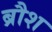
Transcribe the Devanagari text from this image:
ब्रौश